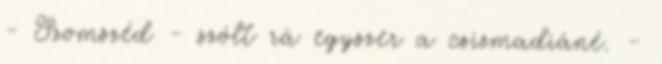
- Szomszéd - szólt rá egyszer a csizmadiáné. -